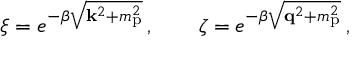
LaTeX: \xi = e ^ { - \beta \sqrt { { \bf k } ^ { 2 } + m _ { \mathrm { p } } ^ { 2 } } } \, , \qquad \zeta = e ^ { - \beta \sqrt { { \bf q } ^ { 2 } + m _ { \mathrm { p } } ^ { 2 } } } \, ,